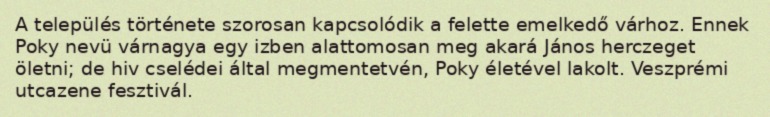
A település története szorosan kapcsolódik a felette emelkedő várhoz. Ennek Poky nevü várnagya egy izben alattomosan meg akará János herczeget öletni; de hiv cselédei által megmentetvén, Poky életével lakolt. Veszprémi utcazene fesztivál.